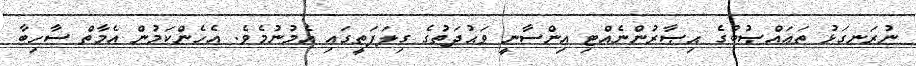
ނުރަނގަޅު ތަޢައްޞުބުގެ ޙިޞާރުންނެއްޓި އިންސާނީ ވަޙުދަތުގެ ގިލަފަތީގައި އެމުނުމެވެ. އެހެންކަމުން އެމާތް ސާހިބާ